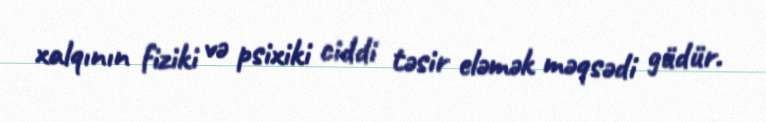
xalqının fiziki və psixiki ciddi təsir eləmək məqsədi güdür.